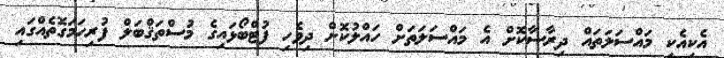
އެކިއެކި މައްސަލަތައް ދިރާސާކޮށް އެ މައްސަލަތަށް ހައްލުކޮށް ދިވެހި ފުޓްބޯޅައިގެ މުސްތަޤްބަލް ފުރިހަމަގޮތެއްގައި